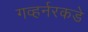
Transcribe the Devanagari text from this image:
गव्हर्नरकडे